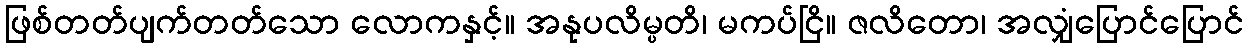
ဖြစ်တတ်ပျက်တတ်သော လောကနှင့်။ အနုပလိမ္ပတိ၊ မကပ်ငြိ။ ဇလိတော၊ အလျှံပြောင်ပြောင်